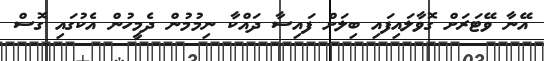
އޭނާ ވޭޓަރަށް ގޮވާލައިފައި ބިލަށް ފައިސާ ދައްކާ ނިމުމުން ދެމީހުން އެކުގައި ގޮސް